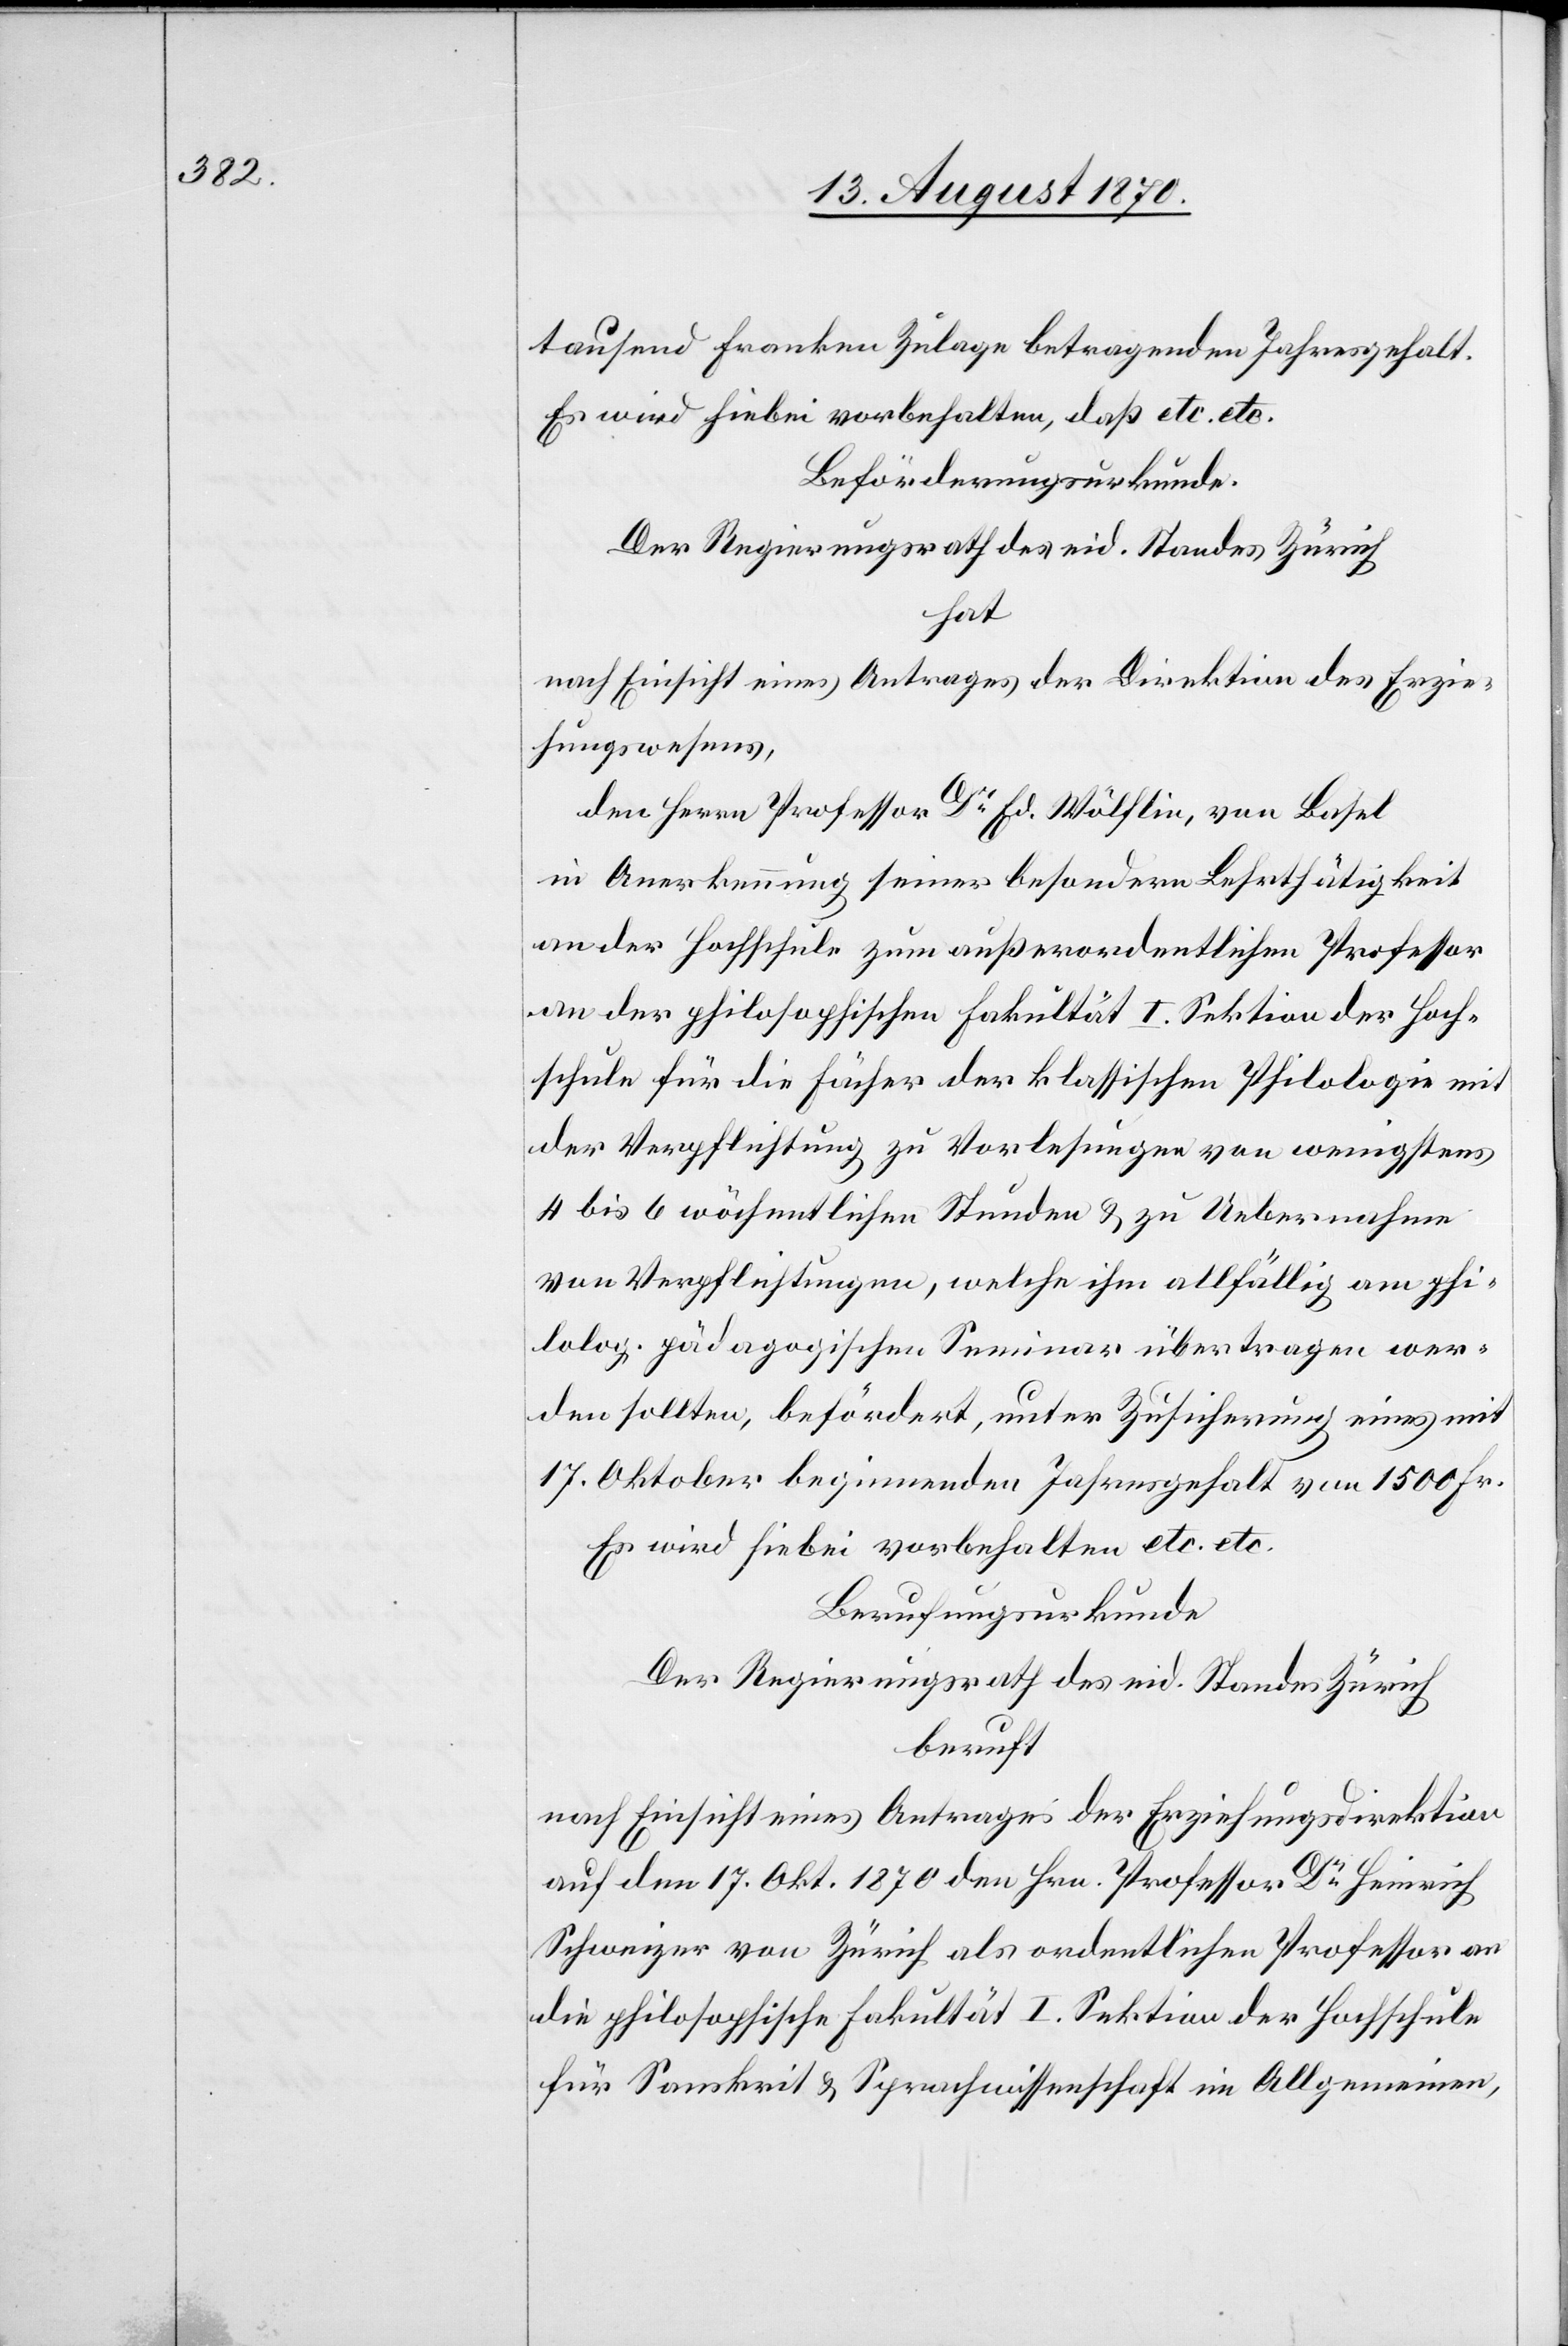
tausend Franken Zulage betragenden Jahresgehalt.
Es wird hiebei vorbehalten, daß etc. etc.
Beförderungsurkunde.
Der Regierungsrath des eid. Standes Zürich
hat
nach Einsicht eines Antrages der Direktion des Erzie¬
hungswesens
den Herrn Professor Dr Ed. Wölflin, von Basel
in Anerkennung seiner besondern Lehrthätigkeit
an der Hochschule zum außerordentlichen Professor
an der philosophischen Fakultät I. Sektion der Hoch¬
schule für die Fächer der klassischen Philologie mit
der Verpflichtung zu Vorlesungen von wenigstens
4 bis 6 wöchentlichen Stunden & zu Uebernahme
von Verpflichtungen, welche ihm allfällig am phi¬
lolog. pädagogischen Seminar übertragen wer¬
den sollten, befördert, unter Zusicherung eines mit
17. Oktober beginnenden Jahresgehalt[es] von 1500 Fr.
Es wird hiebei vorbehalten etc. etc.
Berufungsurkunde
Der Regierungsrath des eid. Standes Zürich
beruft
nach Einsicht eines Antrages der Erziehungsdirektion
auf den 17. Okt. 1870 den Hrn. Professor Dr Heinrich
Schweizer von Zürich als ordentlichen Professor an
die philosophische Fakultät I. Sektion der Hochschule
für Sanskrit & Sprachwissenschaft im Allgemeinen,